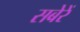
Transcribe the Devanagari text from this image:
सबेरें